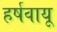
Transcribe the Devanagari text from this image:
हर्षवायू